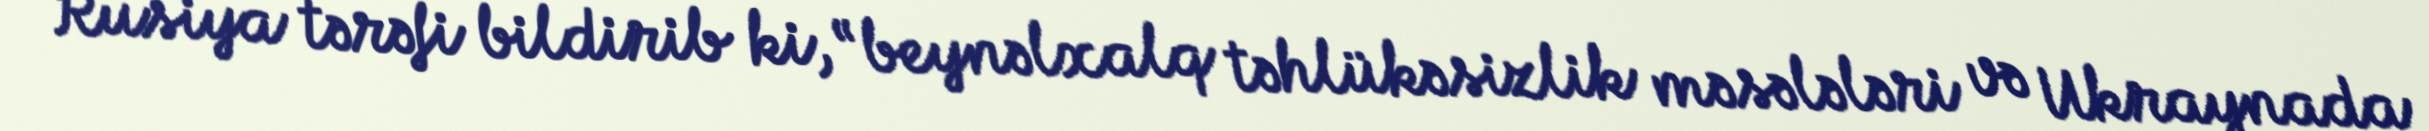
Rusiya tərəfi bildirib ki, “beynəlxalq təhlükəsizlik məsələləri və Ukraynada